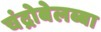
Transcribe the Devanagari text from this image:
चंद्रोबेलब्बा